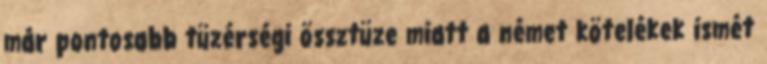
már pontosabb tüzérségi össztüze miatt a német kötelékek ismét